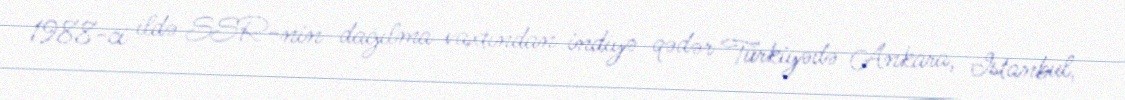
1988-ci ildə SSR-nin dağılma vaxtından indiyə qədər Türkiyədə Ankara, İstanbul,